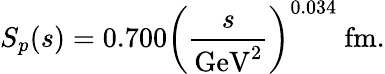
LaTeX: S_{p}(s)=0.700\left(\frac{s}{\mathrm{GeV}^{2}}\right)^{0.034}\mathrm{~fm}.